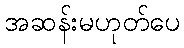
အဆန်းမဟုတ်ပေ